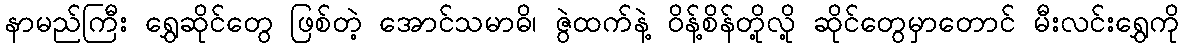
နာမည်ကြီး ရွှေဆိုင်တွေ ဖြစ်တဲ့ အောင်သမာဓိ၊ ဇွဲထက်နဲ့ ဝိန့်စိန်တို့လို့ ဆိုင်တွေမှာတောင် မီးလင်းရွှေကို